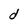
Character: d